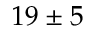
1 9 \pm 5